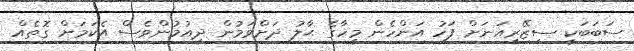
ސަބަބަކީ ސިޒޭރިއަނަށް ފަހު އަންހެން މީހާގެ ޙާލު ދަށްވަމުން ދިއުމުންވެސް އެކަމަށް ގޮތެއް